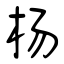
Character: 杨